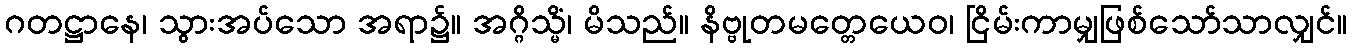
ဂတဋ္ဌာနေ၊ သွားအပ်သော အရာ၌။ အဂ္ဂိသ္မိံ၊ မိသည်။ နိဗ္ဗုတမတ္တေယေဝ၊ ငြိမ်းကာမျှဖြစ်သော်သာလျှင်။